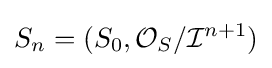
S_{n}=(S_{0},{\mathcal {O}}_{S}/{\mathcal {I}}^{n+1})